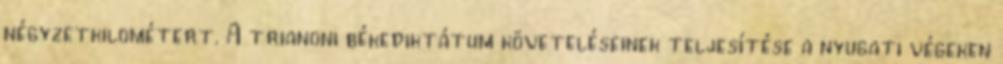
négyzetkilométert. A trianoni békediktátum követeléseinek teljesítése a nyugati végeken